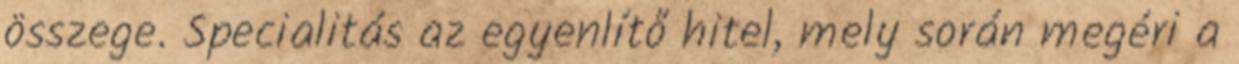
összege. Specialitás az egyenlítő hitel, mely során megéri a